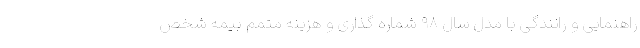
راهنمایی و رانندگی با مدل سال ۹۸ شماره گذاری و هزینه متمم بیمه شخص